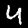
Digit: 4